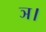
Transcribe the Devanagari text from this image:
ञ।